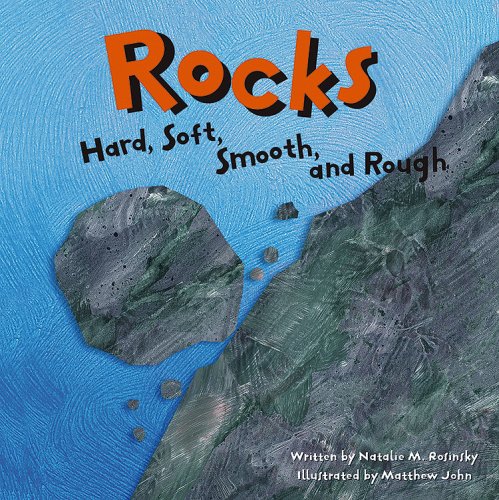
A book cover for Rocks: Hard, Soft, Smooth, and Rough (Amazing Science); Natalie M. Rosinsky; Children's Books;